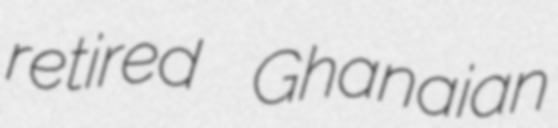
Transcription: retired Ghanaian